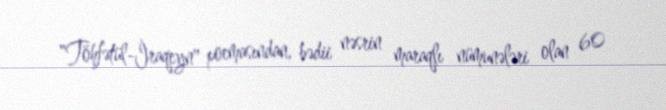
"Töhfətül-İraqeyn" poemasından, bədii nəsrin maraqlı nümunələri olan 60